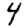
Digit: 4